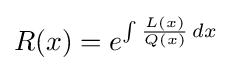
R(x)=e^{\int {\frac {L(x)}{Q(x)}}\,dx}